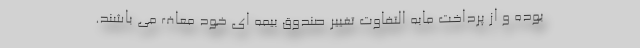
بوده و از پرداخت مابه التفاوت تغییر صندوق بیمه ای خود معاف می باشند.